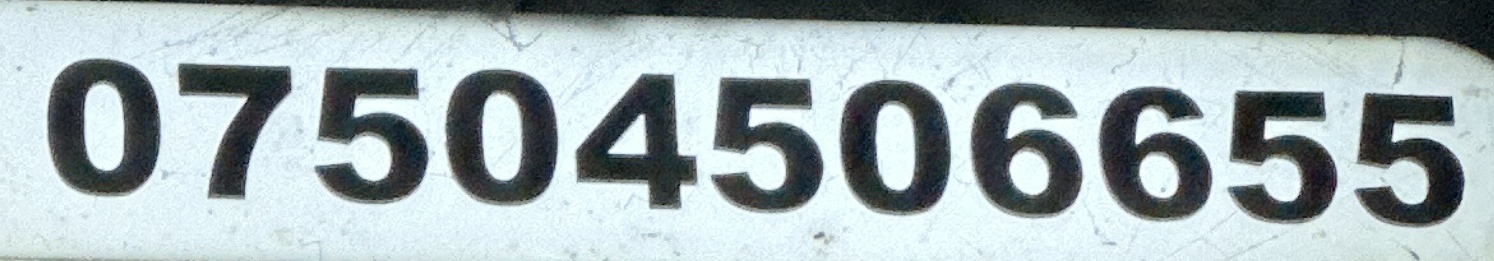
07504506655